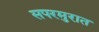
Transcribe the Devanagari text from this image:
सपरमुरात